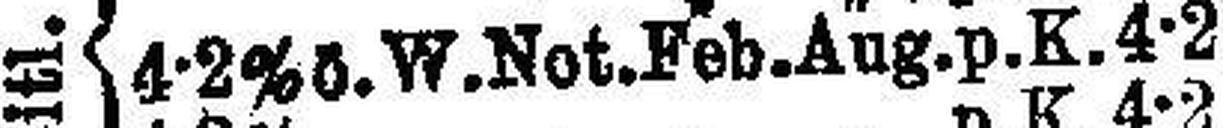
4-2% ö. W. Not. Feb. Aug. p. K. 4-2